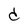
Character: d